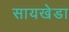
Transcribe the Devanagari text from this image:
सायखेडा